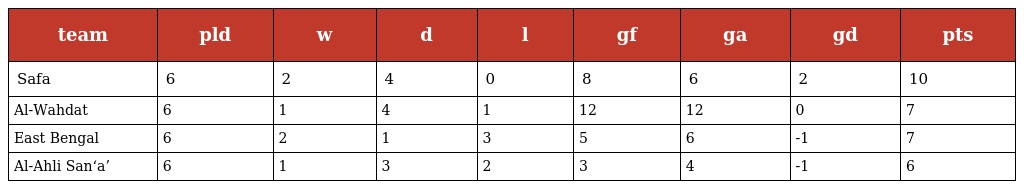
| team | pld | w | d | l | gf | ga | gd | pts |
 | --- | --- | --- | --- | --- | --- | --- | --- | --- |
 | Safa | 6 | 2 | 4 | 0 | 8 | 6 | 2 | 10 |
 | Al-Wahdat | 6 | 1 | 4 | 1 | 12 | 12 | 0 | 7 |
 | East Bengal | 6 | 2 | 1 | 3 | 5 | 6 | -1 | 7 |
 | Al-Ahli San‘a’ | 6 | 1 | 3 | 2 | 3 | 4 | -1 | 6 |